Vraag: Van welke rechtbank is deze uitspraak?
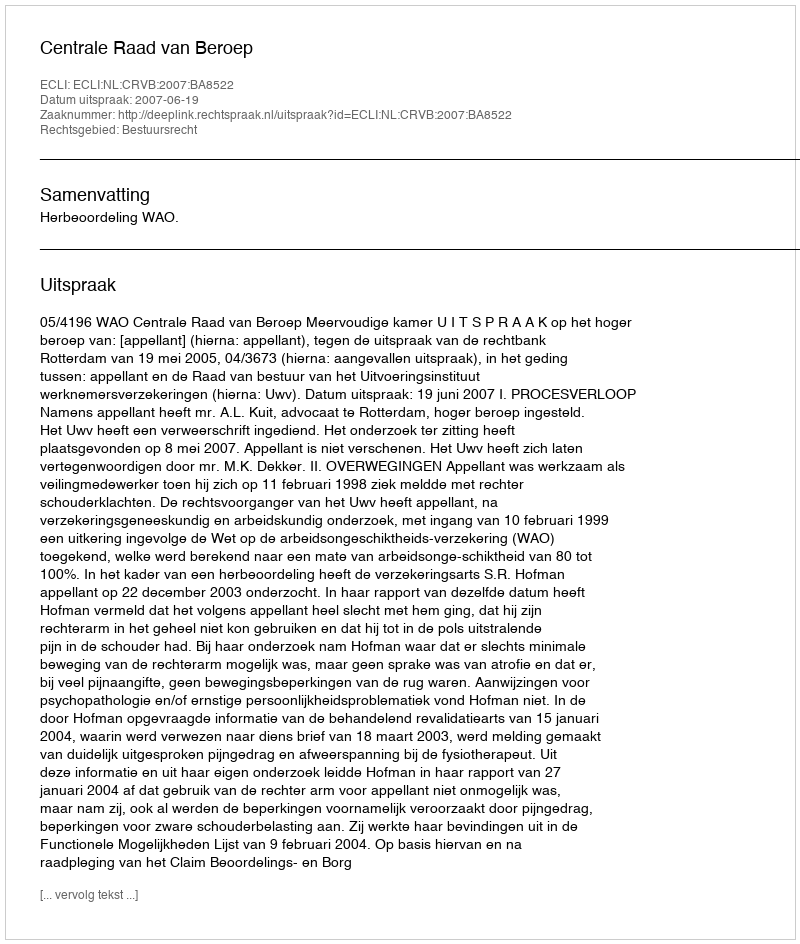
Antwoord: Centrale Raad van Beroep